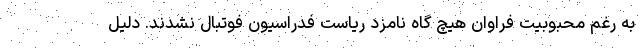
به رغم محبوبیت فراوان هیچ گاه نامزد ریاست فدراسیون فوتبال نشدند. دلیل